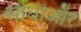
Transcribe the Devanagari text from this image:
सीधीऔर